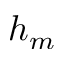
h _ { m }